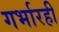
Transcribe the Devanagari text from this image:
गर्भारही